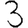
Digit: 3